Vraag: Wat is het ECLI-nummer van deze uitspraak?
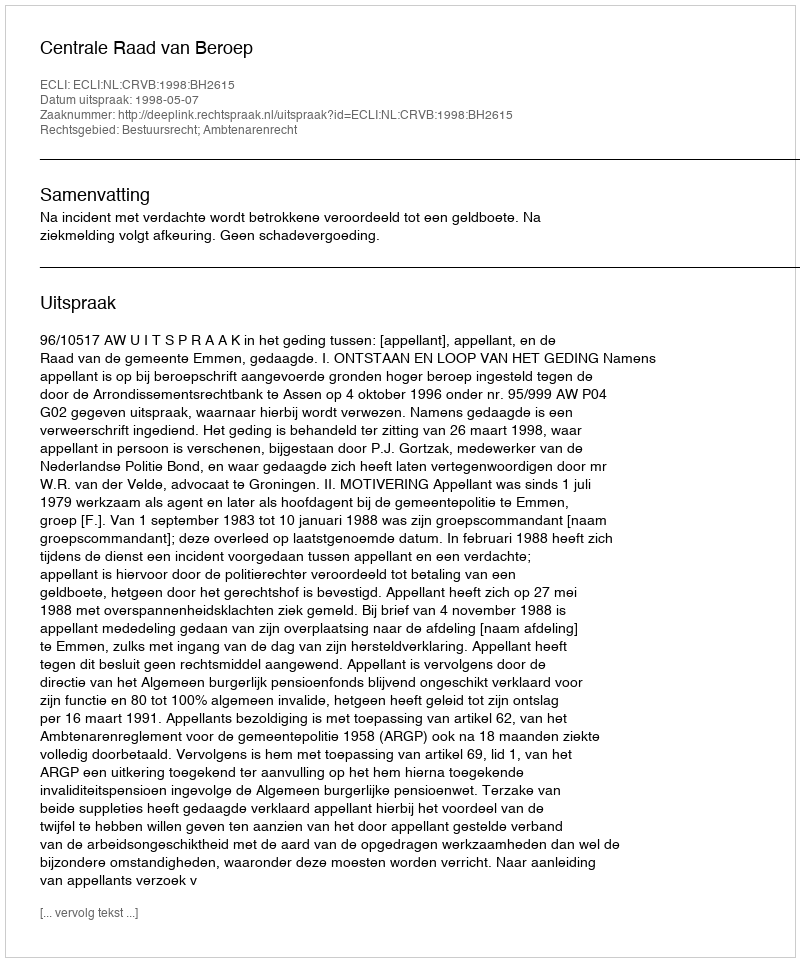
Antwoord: ECLI:NL:CRVB:1998:BH2615